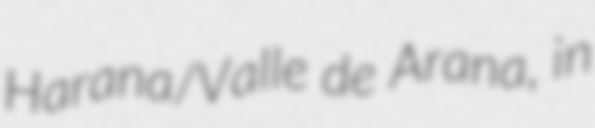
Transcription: Harana/Valle de Arana, in